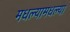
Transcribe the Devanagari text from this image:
मधल्यामधल्या